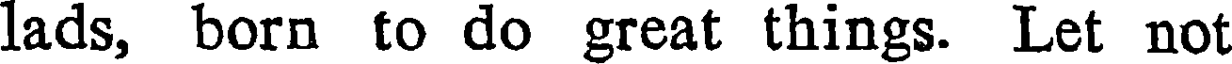
lads, born to do great things. Let not